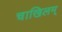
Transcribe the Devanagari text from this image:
चाखिलम्